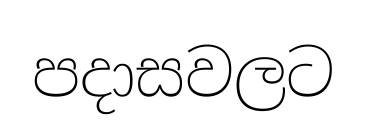
පදාසවලට